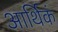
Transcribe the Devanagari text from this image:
आर्थिकं